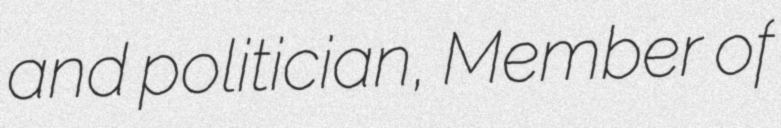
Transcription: and politician, Member of